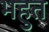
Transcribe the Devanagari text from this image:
भहुत